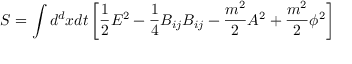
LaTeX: S = \int d ^ { d } x d t \left[ { \frac { 1 } { 2 } } E ^ { 2 } - { \frac { 1 } { 4 } } B _ { i j } B _ { i j } - { \frac { m ^ { 2 } } { 2 } } A ^ { 2 } + { \frac { m ^ { 2 } } { 2 } } \phi ^ { 2 } \right]